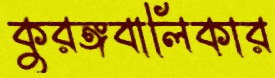
কুরঙ্গবালিকার